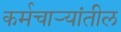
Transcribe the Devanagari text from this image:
कर्मचार्‍यांतील